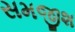
સમજીશ